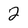
Character: 2